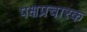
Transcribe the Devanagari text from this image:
पक्षप्रचारक